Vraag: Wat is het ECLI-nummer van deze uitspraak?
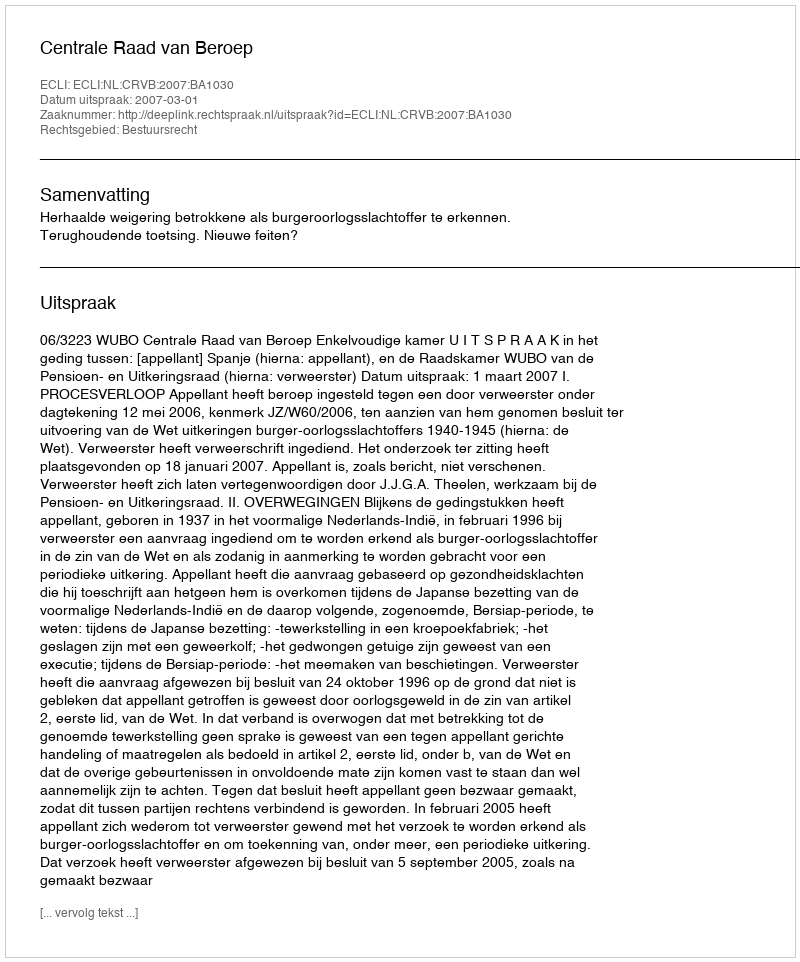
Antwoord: ECLI:NL:CRVB:2007:BA1030